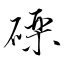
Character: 礫